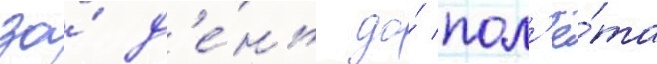
за́ д'е́нь до́ пол'ё́та